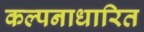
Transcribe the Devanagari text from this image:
कल्पनाधारित